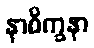
နာစိက္ခနာ